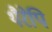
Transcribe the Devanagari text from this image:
थैरेपि